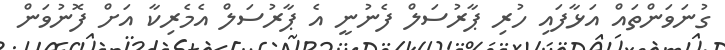
ގުނަވަންތައް އަޅާފައި ހުރި ޕާރުސަލް ފެނުނީ އެ ޕާރުސަލް އެމެރިކާ އަށް ފޮނުވަން